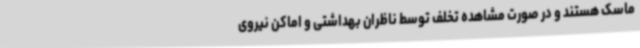
ماسک هستند و در صورت مشاهده تخلف توسط ناظران بهداشتی و اماکن نیروی